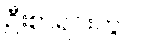
ဦးစာရင်းတွင်